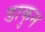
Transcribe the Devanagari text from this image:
डाकुन